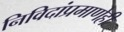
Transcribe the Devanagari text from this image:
निविदांप्रमाणेही